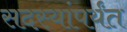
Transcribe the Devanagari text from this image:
सदस्यांपर्यंत